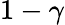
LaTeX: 1-\gamma